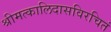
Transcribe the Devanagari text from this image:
श्रीमत्कालिदासविरचितं